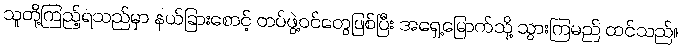
သူတို့ကြည့်ရသည်မှာ နယ်ခြားစောင့် တပ်ဖွဲ့ဝင်တွေဖြစ်ပြီး အရှေ့မြောက်သို့ သွားကြမည် ထင်သည်။